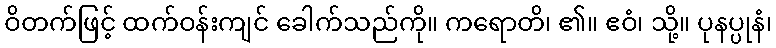
ဝိတက်ဖြင့် ထက်ဝန်းကျင် ခေါက်သည်ကို။ ကရောတိ၊ ၏။ ဧဝံ၊ သို့။ ပုနပ္ပုနံ၊